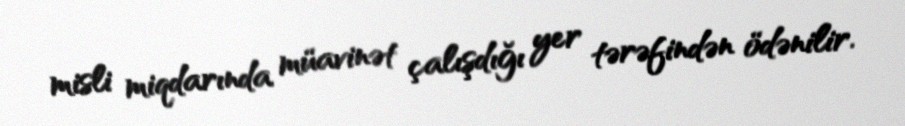
misli miqdarında müavinət çalışdığı yer tərəfindən ödənilir.